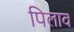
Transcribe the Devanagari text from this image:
पिलाव